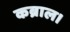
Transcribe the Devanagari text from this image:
कब्राल।